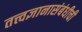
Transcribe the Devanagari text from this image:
तत्त्वज्ञानासंबंधीची